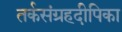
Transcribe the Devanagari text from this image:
तर्कसंग्रहदीपिका